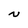
Character: N